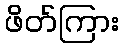
ဖိတ်ကြား